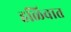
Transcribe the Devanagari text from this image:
हळिवात